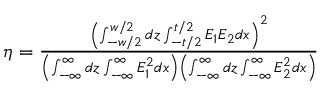
\begin{array} { r } { \eta = \frac { \left( \int _ { - w / 2 } ^ { w / 2 } d z \int _ { - t / 2 } ^ { t / 2 } E _ { 1 } E _ { 2 } d x \right) ^ { 2 } } { \left( \int _ { - \infty } ^ { \infty } d z \int _ { - \infty } ^ { \infty } E _ { 1 } ^ { 2 } d x \right) \left( \int _ { - \infty } ^ { \infty } d z \int _ { - \infty } ^ { \infty } E _ { 2 } ^ { 2 } d x \right) } } \end{array}